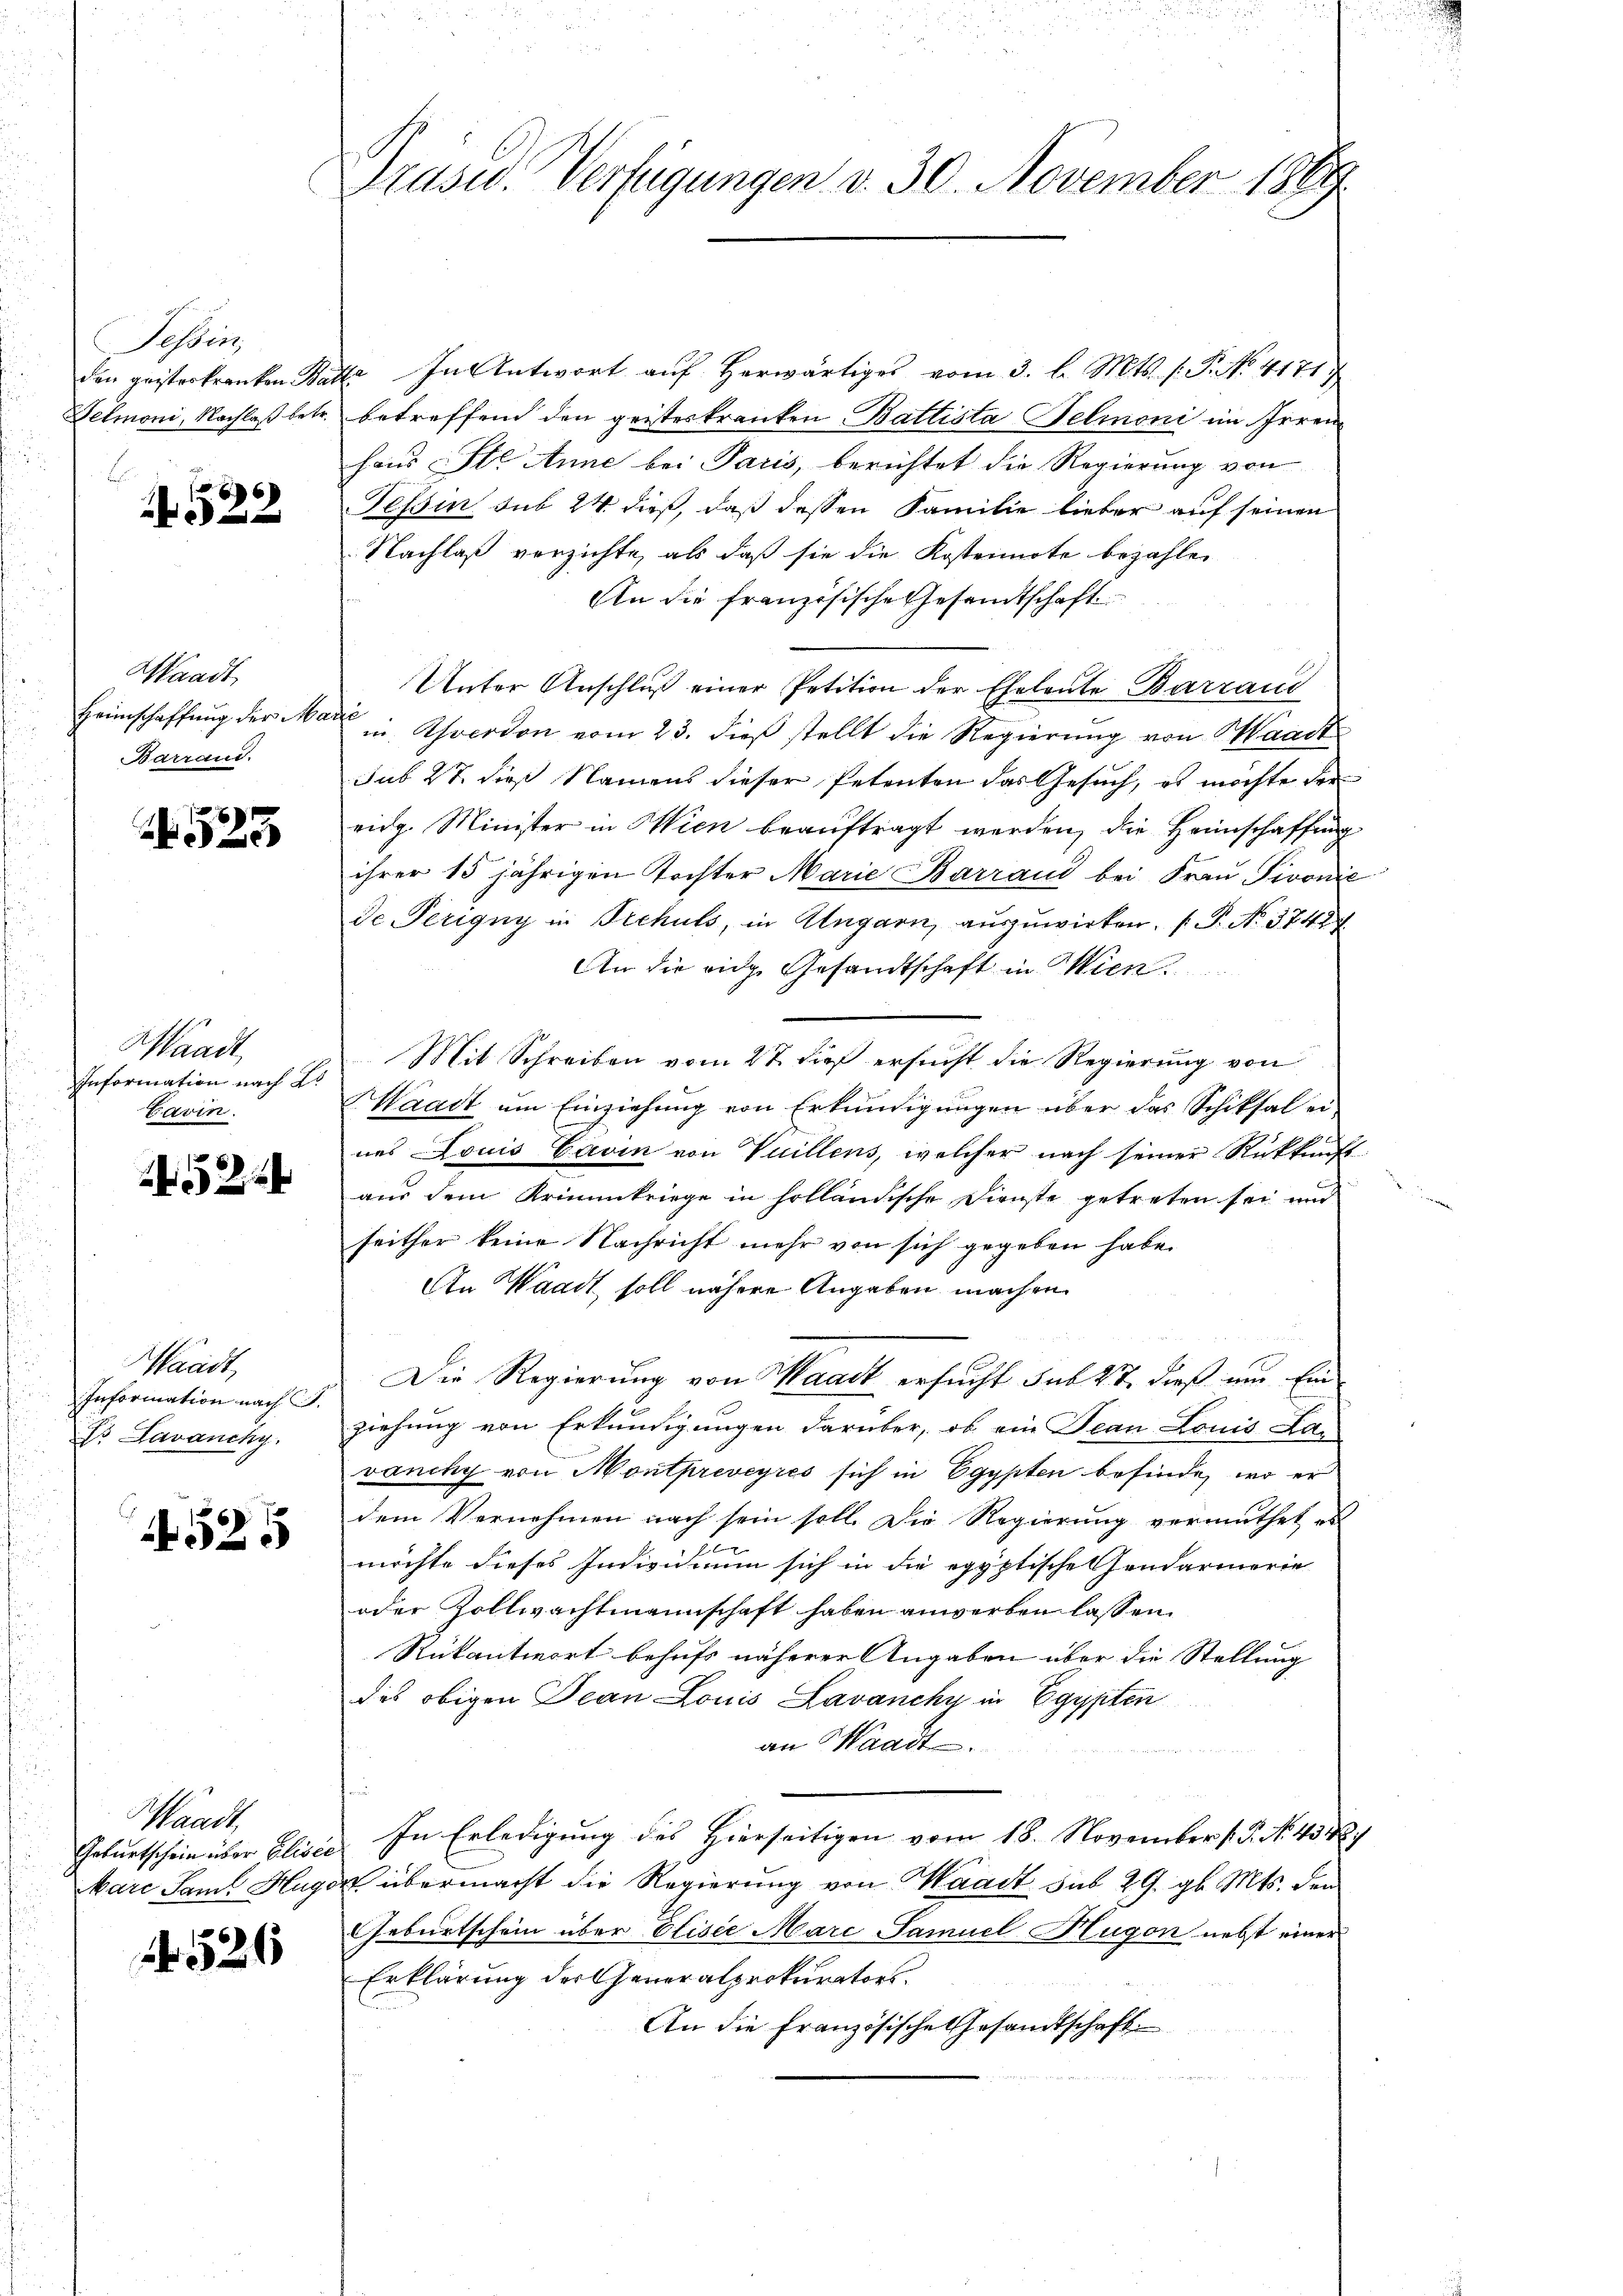
Sesbez
den geisteskranken Ba
Felmoni, Nachlaß betr.

6
 x

Waadt,
Heimschaffung der Ma¬
Barrand.

523

Waadt,
Information nach 2
Cavin.

Waadt,
Information nach S.
E Lavancky.

1525

Waadt,

52

Präsid. Verfügungen d. 30. November 1889

E. In Antwort aŭf herwärtiges vom 3. l. Mts. (T. No. 4171
betreffend den geisteskranken, Battista Felmoni im feren
haus Ste Anne bei Paris, berichtet die Regierung von
Tessin sub 24 dieß, daß dessen Familie lieber auf seinen
Nachlaß verzichte, als daß sie die Kostennote bezahlen
An die französische Gesandtschaft
Unter Anschluß einer Petition der Eheleute Barran
f
in. Ahverdon vom 23. dieß stellt die Regierung von Waadt
sub 27. dieß Namens dieser Petenten das Gesuch, es möchte der
ridg. Minister in Wien beauftragt werden, die Heimschaffung
ihrer 15 jährigen Tochter Marie Barrand bei Frau Pivonić
de Perigny in Schuls, in Ungarn, auszuwirken. (T. No. 3742
An die eidg. Gesandtschaft in Wien.
Mit Schreiben vom 27. dieß ersucht die Regierung von
Maart um Einziehung von Erkundigungen über das Schiksal ei
nes Louis Cavin von Vuillens, welcher nach seiner Rückkunft
aus dem Kriminkriege in holländische Dienste getreten sei und
seither keine Nachricht mehr von sich gegeben habe.
An Waadt soll nähere Angaben machen
Die Regierung von Waadt ersucht sub 27, dieß um Ein
ziehung von Erkundigungen darüber, ob ein Jean Louis Lan
väuchy von Montpreveyres sich in Egypten befinde, wo er
dem Vernehmen nach sein soll. Die Regierung vermuthet es
Ei
möchte dieses Individuum sich in die egyptische Handarmerie
oder Zollwachtmannschaft haben anwerben lassen
Rükantwort behufs näherer Angaben über die Stellung
des obigen Jean Louis Lavanchy in Egypten
an Waadt.
Gebŭrtschein über Eliser. In Erledigung des Hierseitigen vom 18. November 15. No. 434.
kare Saml Hugen übermacht die Regierung von Waadt sub 29. gl. Mts. den
Geburtschein über Elisie Marc Samuel Hugon nebst einer
Erklärung der Generalprokurators.
An die Französische Gesandtschaft.
u